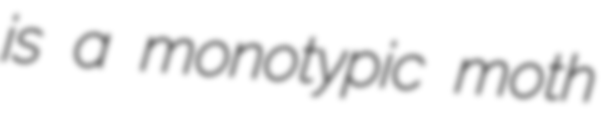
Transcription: is a monotypic moth